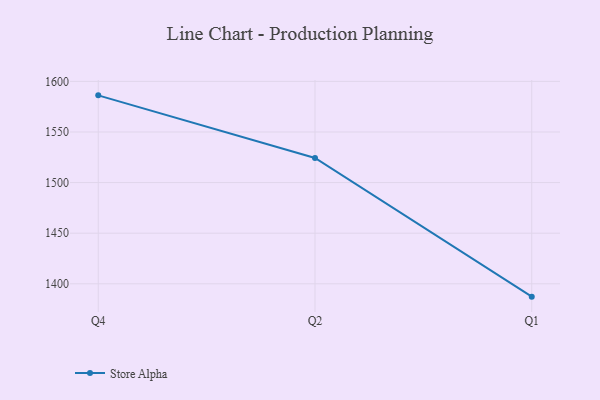
{"axis": {"x": "Quarter", "y": "Satisfaction Score"}, "legend": ["Store Alpha"], "data": [{"x": "Q4", "y": 1586.2, "type": "Store Alpha"}, {"x": "Q2", "y": 1524.3, "type": "Store Alpha"}, {"x": "Q1", "y": 1387.3, "type": "Store Alpha"}]}